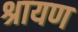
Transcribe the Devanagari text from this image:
श्रायण